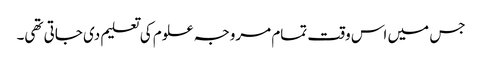
جس میں اس وقت تمام مروجہ علوم کی تعلیم دی جاتی تھی۔